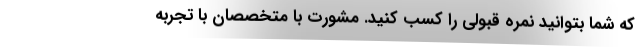
که شما بتوانید نمره قبولی را کسب کنید. مشورت با متخصصان با تجربه